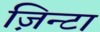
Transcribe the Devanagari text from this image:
ज़िन्टा